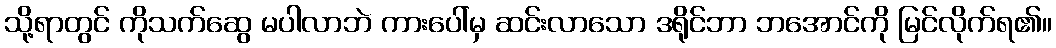
သို့ရာတွင် ကိုသက်ဆွေ မပါလာဘဲ ကားပေါ်မှ ဆင်းလာသော ဒရိုင်ဘာ ဘအောင်ကို မြင်လိုက်ရ၏။